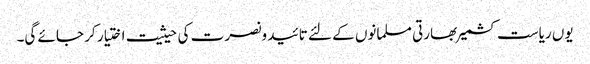
یوں ریاست کشمیر بھارتی مسلمانوں کے لئے تائید ونصرت کی حیثیت اختیار کر جائے گی۔